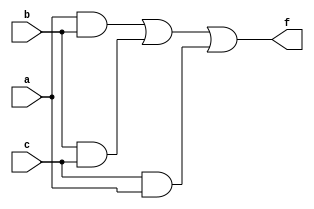
module majority(
    input a, b, c,
    output f
    );
wire w1,w2,w3;

and g1(w1,a,b);
and g2(w2,b,c);
and g3(w3,c,a);
or g4(f,w1,w2,w3);

endmodule